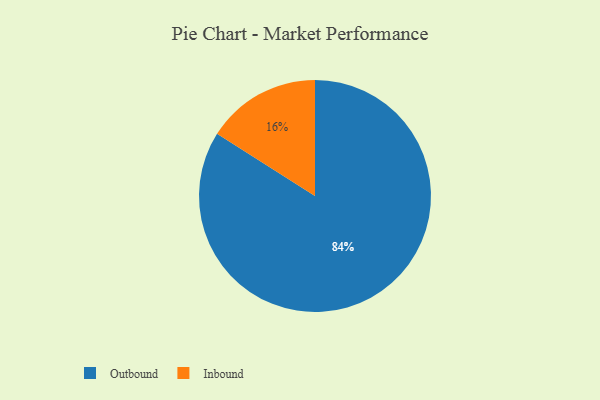
{"axis": {"x": "Category", "y": "Percentage"}, "legend": ["Inbound", "Outbound"], "data": [{"x": "Outbound", "y": 84, "type": "Outbound"}, {"x": "Inbound", "y": 16, "type": "Inbound"}]}